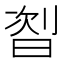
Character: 𬁦